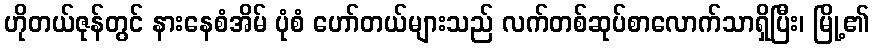
ဟိုတယ်ဇုန်တွင် နားနေစံအိမ် ပုံစံ ဟော်တယ်များသည် လက်တစ်ဆုပ်စာလောက်သာရှိပြီး၊ မြို့၏